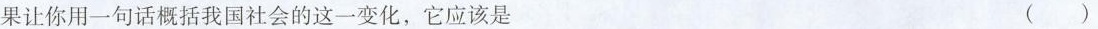
果让你用一句话概括我国社会的这一变化，它应该是 ()